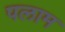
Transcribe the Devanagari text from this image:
पलाम